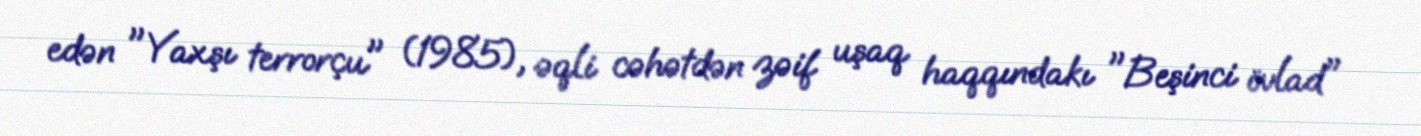
edən "Yaxşı terrorçu" (1985), əqli cəhətdən zəif uşaq haqqındakı "Beşinci övlad"